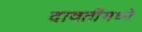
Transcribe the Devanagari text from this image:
दावतींमध्ये